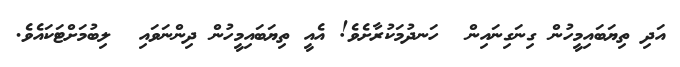
އަދި ތިޔަބައިމީހުން ގިނަގިނައިން  ހަނދުމަކުރާށެވެ! އެއީ ތިޔަބައިމީހުން ދިންނަވައި  ލިބުމަށްޓަކައެވެ.